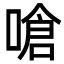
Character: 嗆